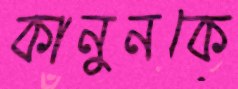
কানুনকে